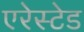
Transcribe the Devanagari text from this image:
एरेस्टेड